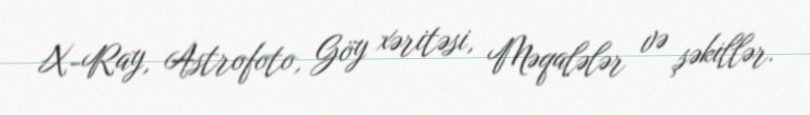
X-Ray, Astrofoto, Göy xəritəsi, Məqalələr və şəkillər.